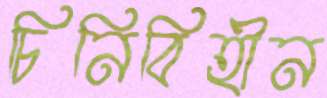
চিনিবিহীন